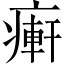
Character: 𤹖